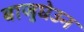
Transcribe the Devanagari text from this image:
बाजुघेउन